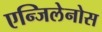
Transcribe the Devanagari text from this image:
एन्जिलेनोस